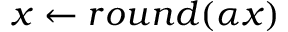
x \leftarrow r o u n d ( \alpha x )